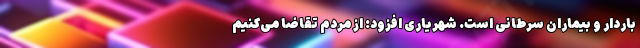
باردار و بیماران سرطانی است. شهریاری افزود: از مردم تقاضا می‌کنیم